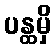
ပန္ထမှိ